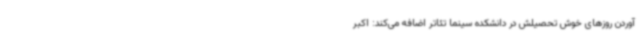
آوردن روزهای خوش تحصیلش در دانشکده سینما تئاتر اضافه می‌کند: اکبر